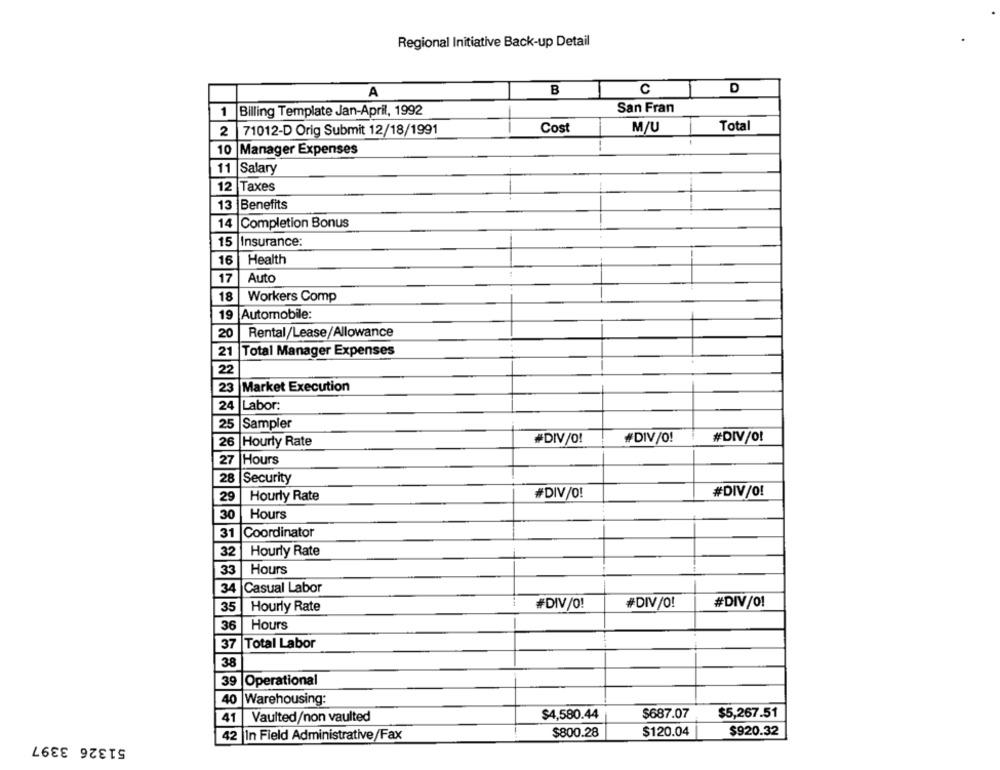
Regional Initiative Back-up Detail
A
B
C
D
San Fran
1
Billing Template Jan-April, 1992
2
71012-D Orig Submit 12/18/1991
Cost
M/U
Total
--
10 |Manager Expenses
11
Salary
12
Taxes
13
Benefits
14
Completion Bonus
15
Insurance:
16
Health
17
Auto
18
Workers Comp
19
Automobile:
20
Rental/Lease/Allowance
21
Total Manager Expenses
22
23
Market Execution
24
Labor:
25
Sampler
#DIV/O!
#DIV/O!
#DIV/O!
26
Hourly Rate
27
Hours
28
Security
#DIV/O!
#DIV/O!
29
Hourly Rate
30
Hours
31
Coordinator
32
Hourly Rate
33
Hours
34
Casual Labor
35
Hourly Rate
#DIV/O!
#DIV/O!
#DIV/0!
36
Hours
37
Total Labor
38
39
Operational
40 Warehousing:
$4,580.44
$687.07
$5,267.51
41
Vaulted/non vaulted
$800.28
$120.04
$920.32
51326 3397
42 In Field Administrative/Fax